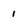
Character: 1